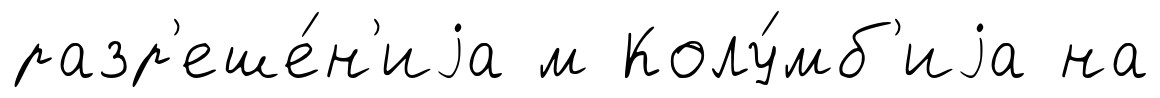
разр'еше́н'иjа м Колу́мб'иjа на